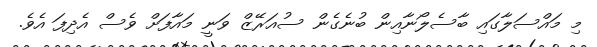
މި މައްސަލާގައި ބާސެލޯނާއިން ބުނެގެން ސުއަރޭޒް ވަނީ މައާފަށް ވެސް އެދިފަ އެވެ.